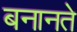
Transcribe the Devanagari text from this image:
बनानते